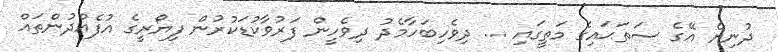
ދުނިޔެ އޭގެ ސަތަޙައިގެ މަތީގައި ... ދިވެހިބަހާމެދު ދިވެހީން ފަރުވާކުޑަކުރުން ފިޔޯރީގެ އުފެއްދުންތައް